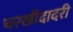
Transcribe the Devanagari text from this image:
चरखीदादरी